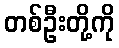
တစ်ဦးတို့ကို